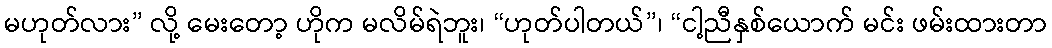
မဟုတ်လား” လို့ မေးတော့ ဟိုက မလိမ်ရဲဘူး၊ “ဟုတ်ပါတယ်”၊ “ငါ့ညီနှစ်ယောက် မင်း ဖမ်းထားတာ